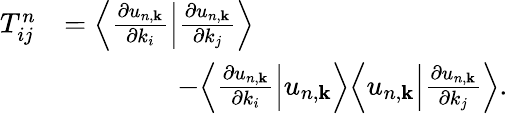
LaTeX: \begin{array}{rl}{T_{ij}^{n}}&{=\Big\langle\frac{\partial u_{n,\mathbf{k}}}{\partial k_{i}}\Big|\frac{\partial u_{n,\mathbf{k}}}{\partial k_{j}}\Big\rangle}\\ &{\qquad\qquad-\Big\langle\frac{\partial u_{n,\mathbf{k}}}{\partial k_{i}}\Big|u_{n,\mathbf{k}}\Big\rangle\Big\langle u_{n,\mathbf{k}}\Big|\frac{\partial u_{n,\mathbf{k}}}{\partial k_{j}}\Big\rangle.}\end{array}